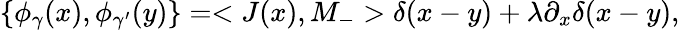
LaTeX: \left\{ \phi_{\gamma}(x),\phi_{\gamma^{\prime}}(y)\right\} =<J(x),M_{-}>\delta(x-y)+\lambda\partial_{x}\delta(x-y),